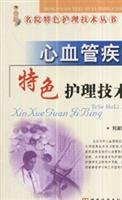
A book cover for Characteristics of Nursing in Cardiovascular Disease; Unknown; Medical Books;